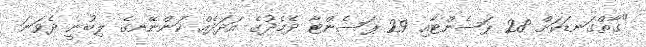
"ގާތްގަނޑަކަށް 28 ޕަސެންޓާއި 29 ޕަސެންޓާ ދެމެދުގެ އަދަދެއް ކަންނޭނގެ ލިބުނީ ދެވަނަ